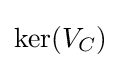
\mathrm {ker} (V_{C})